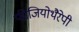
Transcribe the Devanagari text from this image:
फीजियोथैरेपी